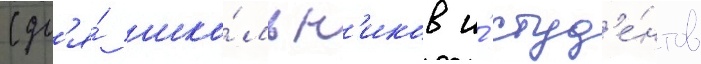
(дл'я́ шко́льн'иков и́ студ'е́нтов